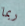
ربما